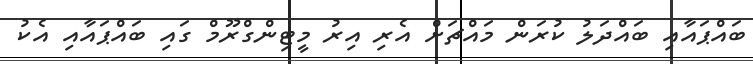
ބައްޕައާއި ބައްދަލު ކުރަން މައްޗަށް އެރި އިރު މީޓިންގްރޫމް ގައި ބައްޕައާއި އެކު